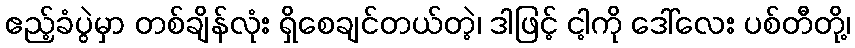
ဧည့်ခံပွဲမှာ တစ်ချိန်လုံး ရှိစေချင်တယ်တဲ့၊ ဒါဖြင့် ငါ့ကို ဒေါ်လေး ပစ်တီတို့၊